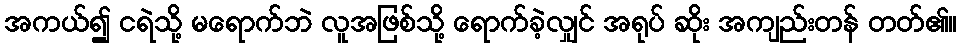
အကယ်၍ ငရဲသို့ မရောက်ဘဲ လူအဖြစ်သို့ ရောက်ခဲ့လျှင် အရုပ် ဆိုး အကျည်းတန် တတ်၏။